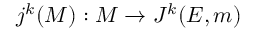
j ^ { k } ( M ) : M \rightarrow J ^ { k } ( E , m )